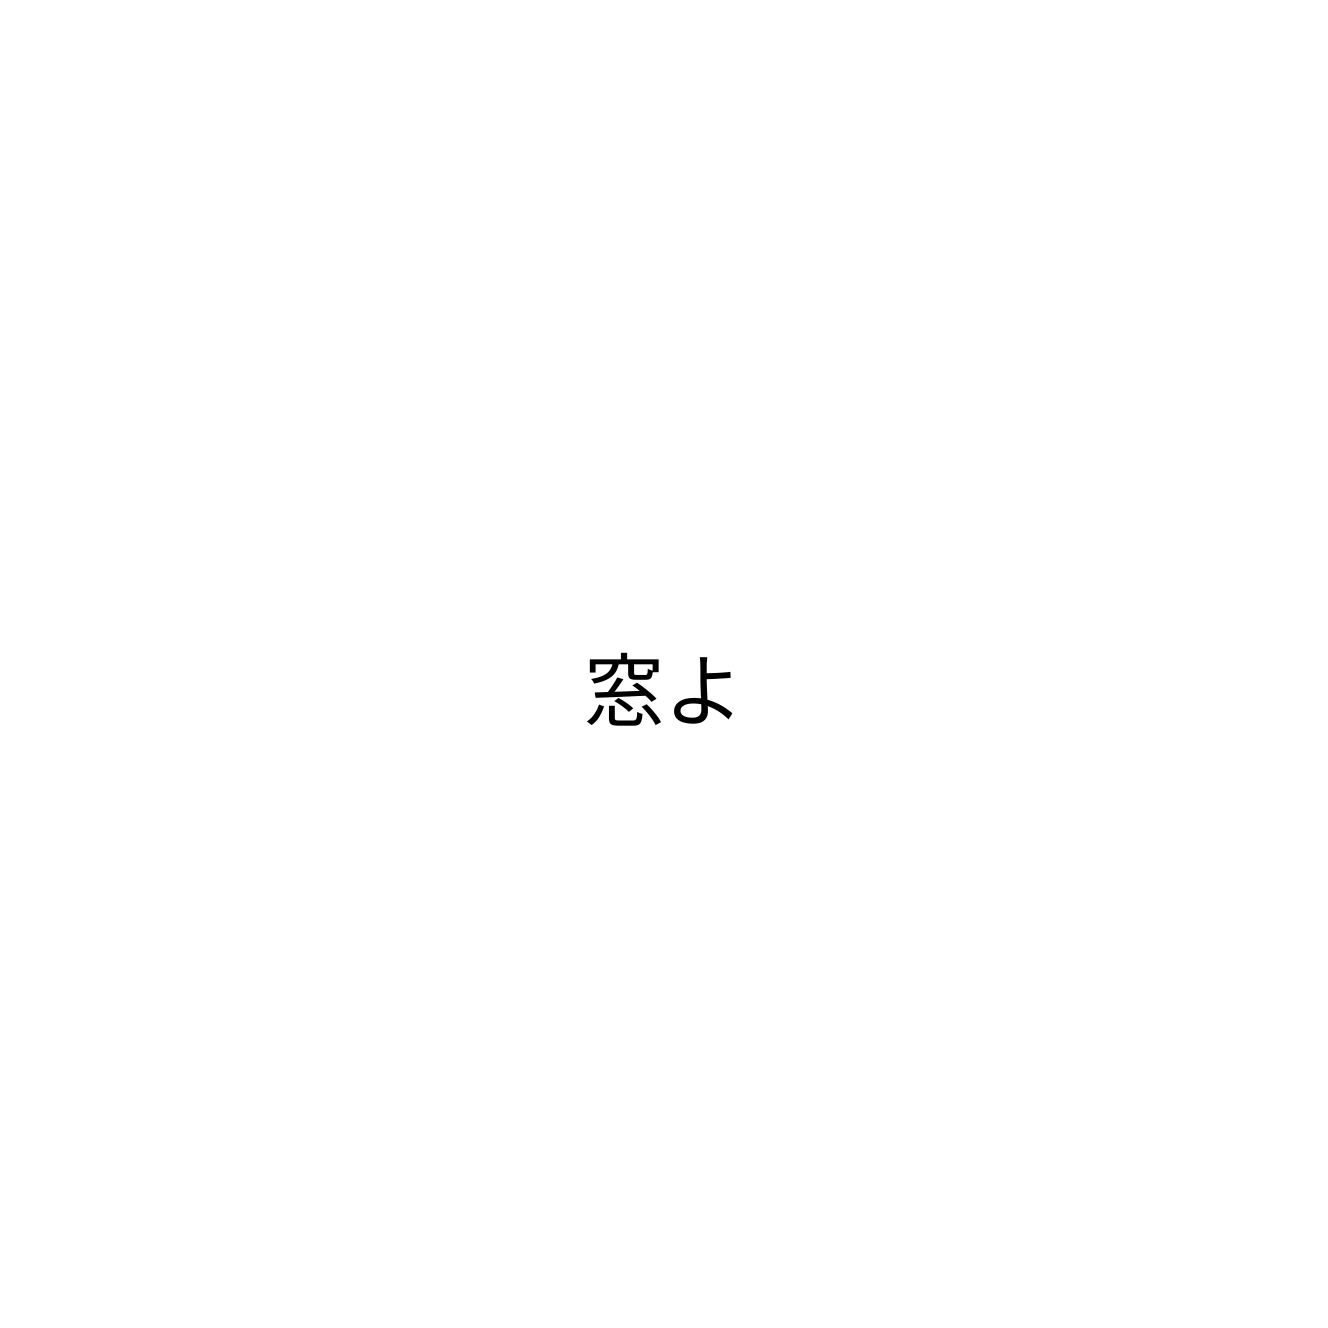
窓よ